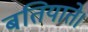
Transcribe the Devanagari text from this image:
बतियाते।